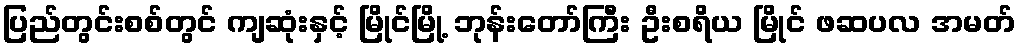
ပြည်တွင်းစစ်တွင် ကျဆုံးနှင့် မြိုင်မြို့ ဘုန်းတော်ကြီး ဦးစရိယ မြိုင် ဖဆပလ အမတ်